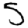
Digit: 5